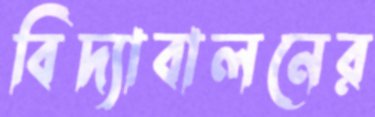
বিদ্যাবালনের